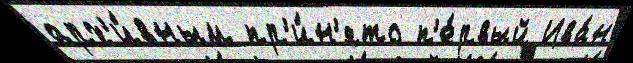
арх'и́вным пр'и́н'ято п'е́рвый Ива́н